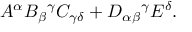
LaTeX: A ^ { \alpha } B _ { \beta } { } ^ { \gamma } C _ { \gamma \delta } + D _ { \alpha } { } _ { \beta } { } ^ { \gamma } E ^ { \delta } .